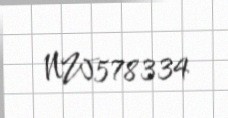
NW578334